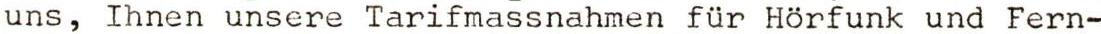
uns, Ihnen unsere Tarifmassnahmen für Hörfunk und Fern-